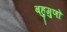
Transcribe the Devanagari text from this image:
बहुगुणों